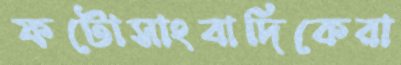
ফটোসাংবাদিকেরা